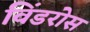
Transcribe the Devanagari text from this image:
विंडरोस